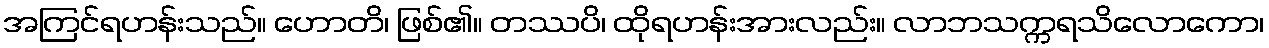
အကြင်ရဟန်းသည်။ ဟောတိ၊ ဖြစ်၏။ တဿပိ၊ ထိုရဟန်းအားလည်း။ လာဘသက္ကရသိလောကော၊